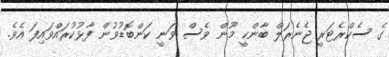
ގެ ސެކްރެޓަރީ ޖެނެރަލް ބާންކީ މޫން ވެސް ވަނީ ކަންބޮޑުވުން ފާޅުކުރައްވައިފަ އެވެ.